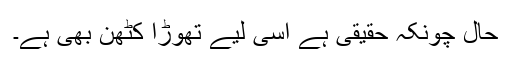
حال چونکہ حقیقی ہے اسی لیے تھوڑا کٹھن بھی ہے۔